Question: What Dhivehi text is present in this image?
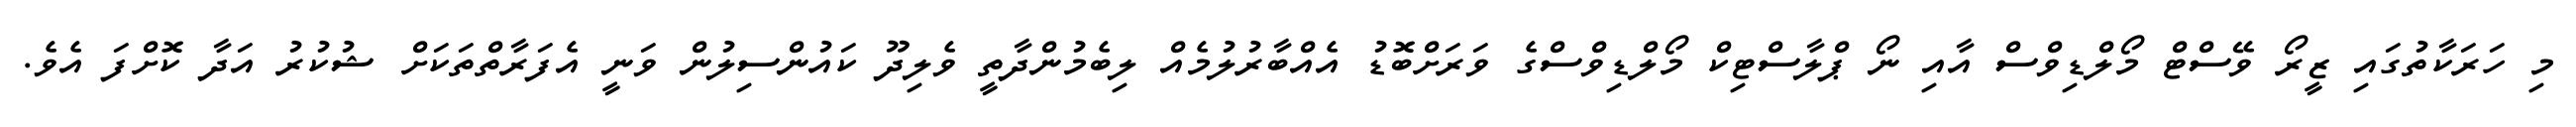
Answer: މި ހަރަކާތުގައި ޒީރޯ ވޭސްޓް މޯލްޑިވްސް އާއި ނޯ ޕްލާސްޓިކް މޯލްޑިވްސްގެ ވަރަށްބޮޑު އެއްބާރުލުމެއް ލިބެމުންދާތީ ވެލިދޫ ކައުންސިލުން ވަނީ އެފަރާތްތަކަށް ޝުކުރު އަދާ ކޮށްފަ އެވެ.